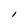
Character: l